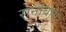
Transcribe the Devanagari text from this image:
रानीबाग़